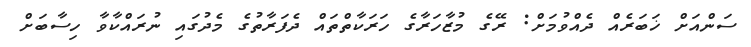
ސަންއަށް ޚަބަރެއް ދެއްވުމަށް: ރޭގެ މުޒާހަރާގެ ހަރަކާތްތައް ދެފަރާތުގެ މެދުގައި ނުރައްކާވާ ހިސާބަށް